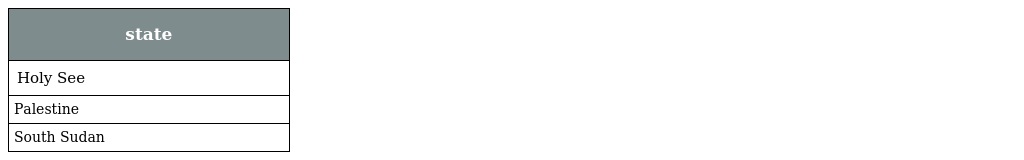
| state |
 | --- |
 | Holy See |
 | Palestine |
 | South Sudan |